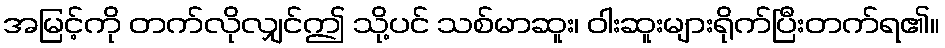
အမြင့်ကို တက်လိုလျှင်ဤ သို့ပင် သစ်မာဆူး၊ ဝါးဆူးများရိုက်ပြီးတက်ရ၏။